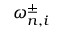
\omega _ { n , i } ^ { \pm }